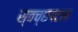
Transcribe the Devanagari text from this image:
स्वच्छपटल